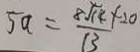
5 a = \frac { 8 \sqrt { 1 4 } + 2 0 } { 1 3 }